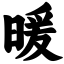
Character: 暖